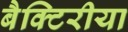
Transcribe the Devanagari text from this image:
बैक्टिरीया